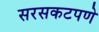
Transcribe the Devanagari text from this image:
सरसकटपणे